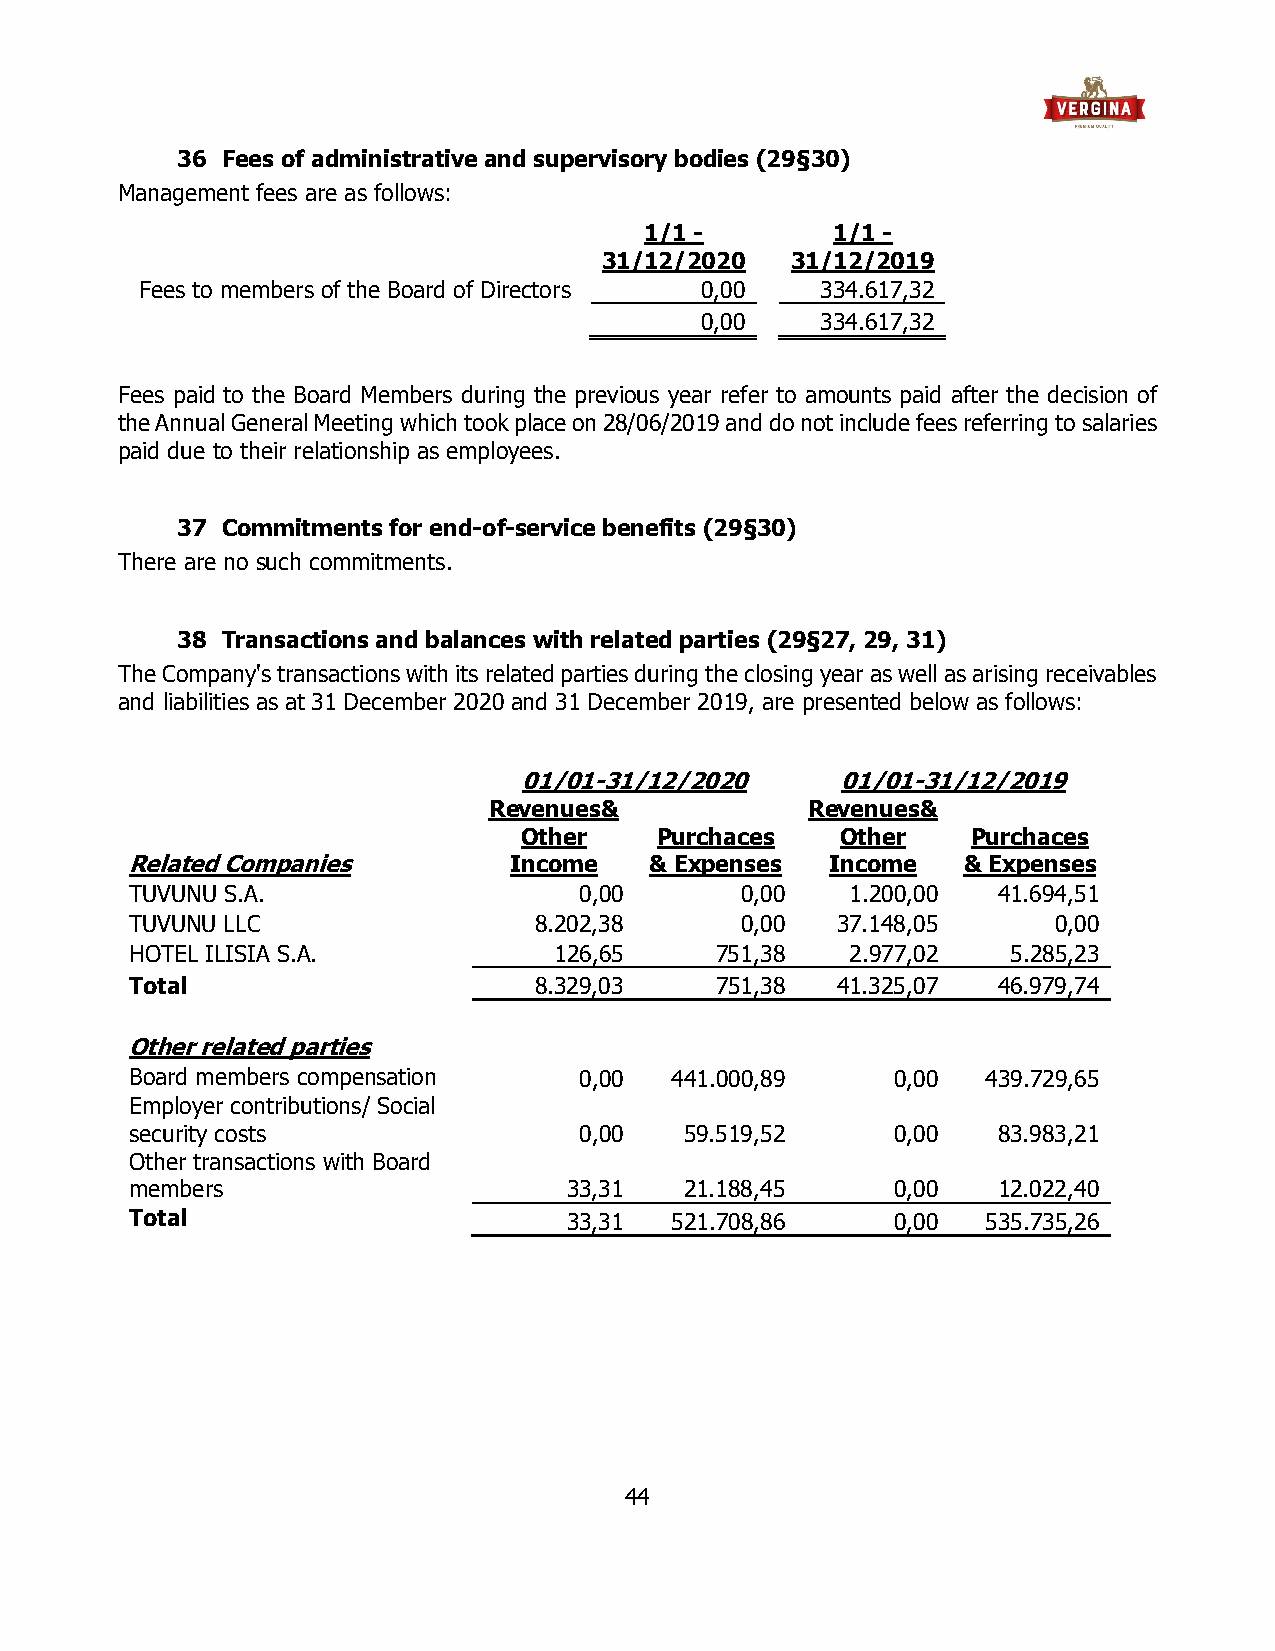
36 Fees of administrative and supervisory bodies (29§30)
 Management fees are as follows:
 1/1 -       1/1 -
 31/12/2020  31/12/2019
 Fees to members of the Board of Directors 0,00 334.617,32
 0,00    334.617,32
 Fees paid to the Board Members during the previous year refer to amounts paid after the decision of
 the Annual General Meeting which took place on 28/06/2019 and do not include fees referring to salaries
 paid due to their relationship as employees.
 37 Commitments for end-of-service benefits (29§30)
 There are no such commitments.
 38 Transactions and balances with related parties (29§27, 29, 31)
 The Company's transactions with its related parties during the closing year as well as arising receivables
 and liabilities as at 31 December 2020 and 31 December 2019, are presented below as follows:
 01/01-31/12/2020      01/01-31/12/2019
 Revenues&            Revenues&
 Other   Purchaces    Other   Purchaces
 Related Companies         Income   & Expenses  Income   & Expenses
 TUVUNU S.A.                  0,00       0,00   1.200,00  41.694,51
 TUVUNU LLC                8.202,38      0,00  37.148,05      0,00
 HOTEL ILISIA S.A.           126,65    751,38   2.977,02   5.285,23
 Total                     8.329,03    751,38  41.325,07  46.979,74
 Other related parties
 Board members compensation   0,00  441.000,89     0,00  439.729,65
 Employer contributions/ Social
 security costs               0,00   59.519,52     0,00   83.983,21
 Other transactions with Board
 members                      33,31  21.188,45     0,00   12.022,40
 Total                        33,31 521.708,86     0,00  535.735,26
 44